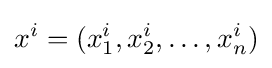
x^{i}=(x_{1}^{i},x_{2}^{i},\ldots ,x_{n}^{i})